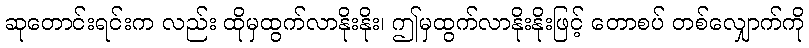
ဆုတောင်းရင်းက လည်း ထိုမှထွက်လာနိုးနိုး၊ ဤမှထွက်လာနိုးနိုးဖြင့် တောစပ် တစ်လျှောက်ကို